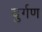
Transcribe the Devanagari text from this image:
दुर्गण